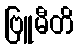
ဗြူမီတိ